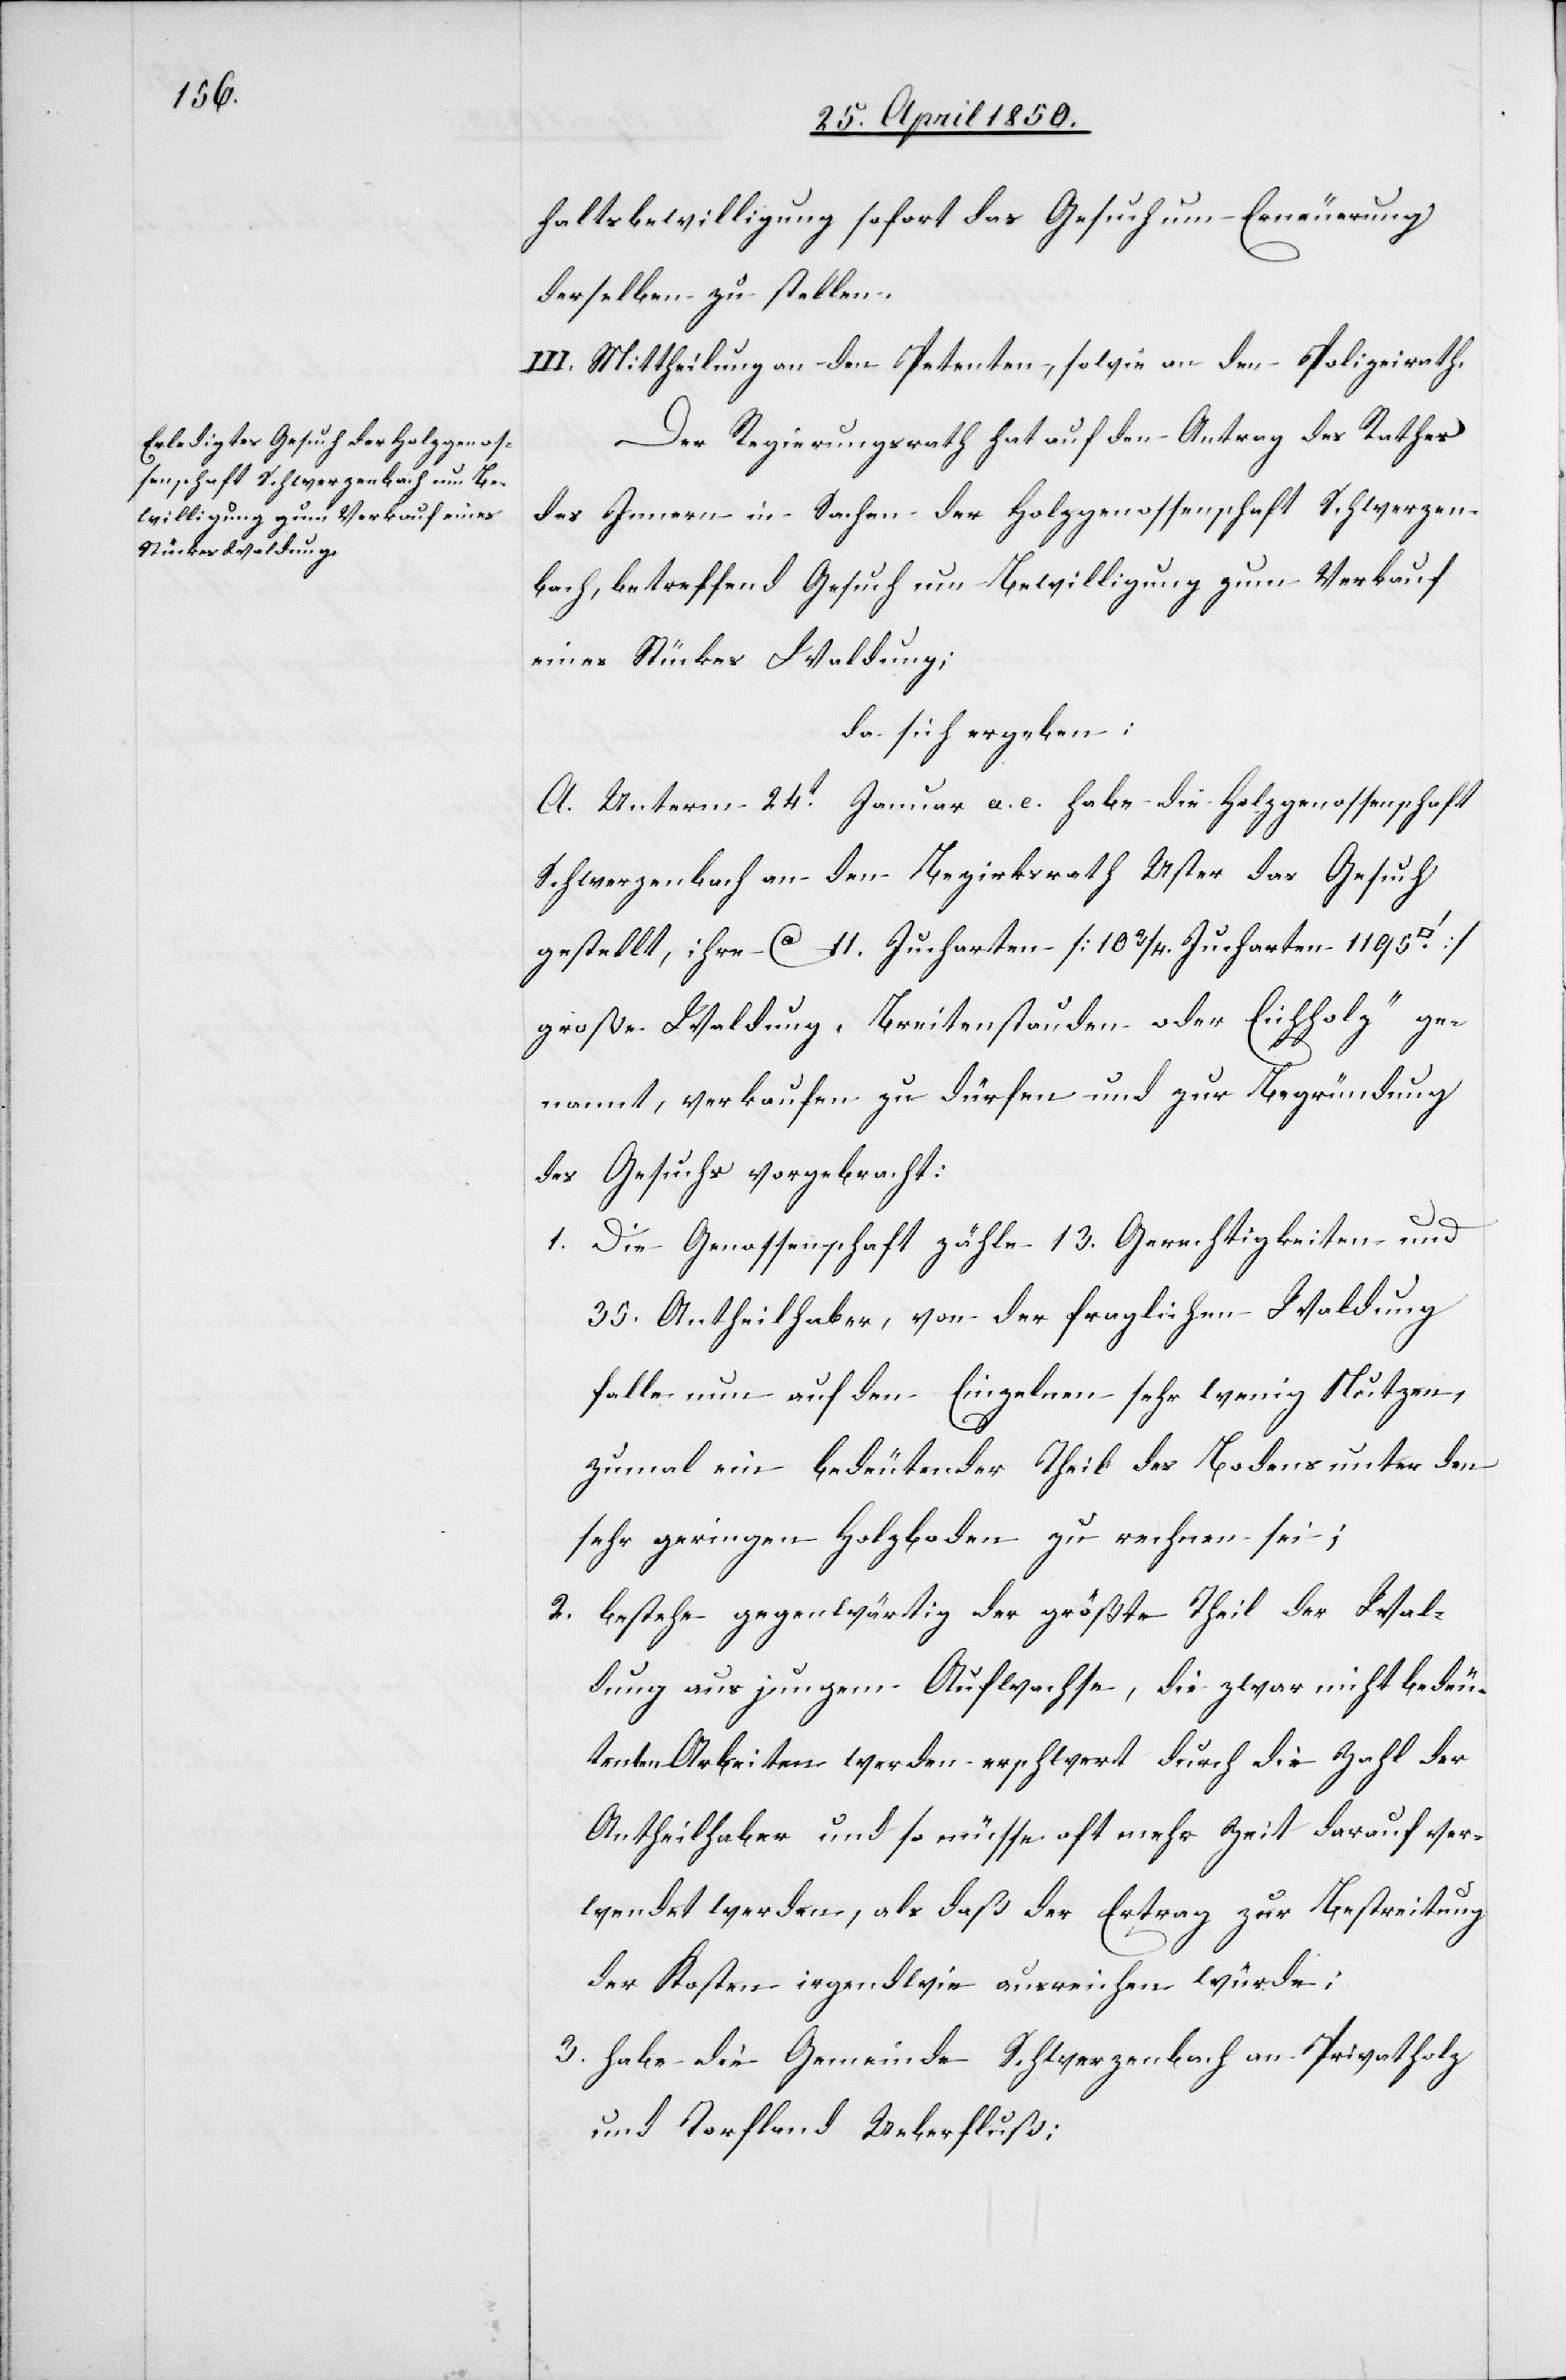
haltsbewilligung sofort das Gesuch um Erneuerung
derselben zu stellen.
III. Mittheilung an den Petenten, sowie an den Polizeirath.
Der Regierungsrath hat auf den Antrag des Rathes
des Innern in Sachen der Holzgenossenschaft Schwerzen¬
bach, betreffend Gesuch um Bewilligung zum Verkauf
eines Stückes Waldung;
da sich ergeben:
A. Unterm 24t Januar a. c. habe die Holzgenossenschaft
Schwerzenbach an den Bezirksrath Uster das Gesuch
gestellt, ihre Ca 11. Jucharten [10 3/4. Jucharten 1195.
große Waldung, „Breitenstauden oder Eichholz“ ge¬
nannt, verkaufen zu dürfen und zur Begründung
des Gesuchs vorgebracht:
1. Die Genossenschaft zähle 13. Gerechtigkeiten und
35. Antheilhaber, von der fraglichen Waldung
falle nun auf den Einzelnen sehr wenig Nutzen,
zumal ein bedeutender Theil des Bodens unter den
sehr geringen Holzboden zu rechnen sei;
2. bestehe gegenwärtig der größte Theil der Wal¬
dung aus jungem Aufwachse, die zwar nicht bedeu¬
tenten Arbeiten werden erschwert durch die Zahl der
Antheilhaber und so müsse oft mehr Zeit darauf ver¬
wendet werden, als daß der Ertrag zur Bestreitung
der Kosten irgendwie ausreichen würde:
3. habe die Gemeinde Schwerzenbach an Privatholz
und Torfland Ueberfluß;